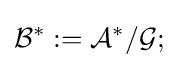
{\mathcal {B}}^{*}:={\mathcal {A}}^{*}/{\mathcal {G}};